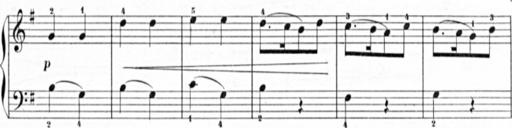
Title: Sonatine burlesque
Composer: Blas MarÃ­a de Colomer
Key: G major